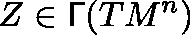
Z \in \mathsf { \Gamma } ( T M ^ { n } )